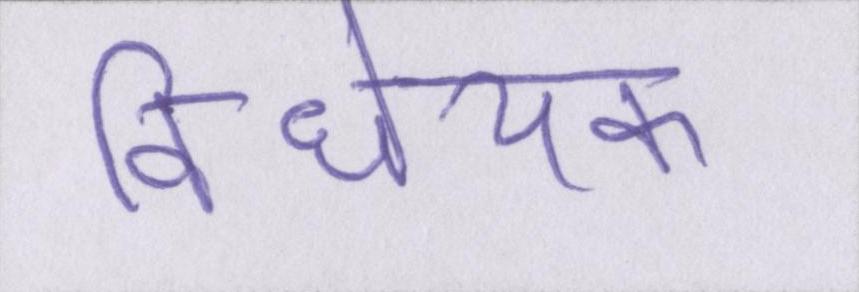
विधेयक